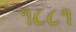
૧૮૮૧